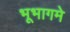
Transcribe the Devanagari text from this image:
भूभागमे